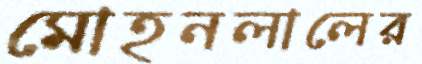
মোহনলালের